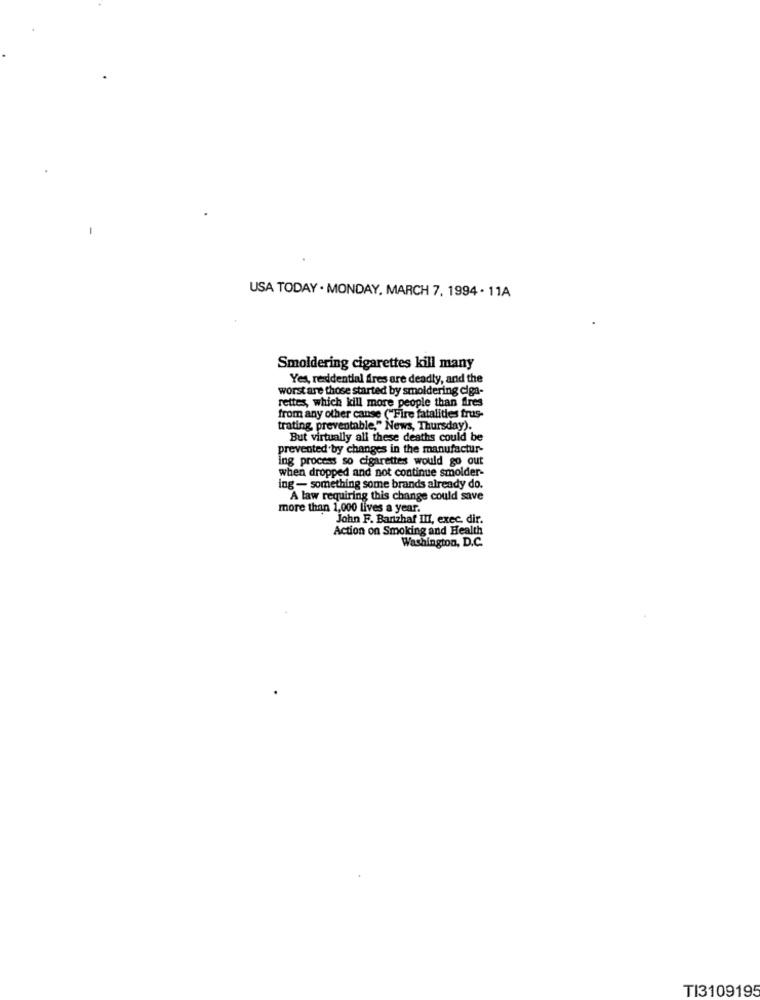
USA TODAY . MONDAY, MARCH 7, 1994 . 11A
Smoldering cigarettes kill many
Yes, reddential fires are deadly, and the
worst are those started by smoldering ciga-
rettes, which kill more people than fires
from any other canse ("Fire fatalities frus-
trating preventable," News, Thursday).
But virtually all these deaths could be
prevented by changes in the manufactur-
ing process so cigarettes would go out
when dropped and not continue smolder-
ing - something some brands already do.
A law requiring this change could save
more than 1,000 lives a year.
John F. Barzhaf III, exec, dir.
Action on Smoking and Health
Washington, D.C.
TI3109195